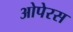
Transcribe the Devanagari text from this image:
ओपेरस